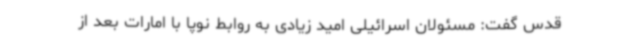
قدس گفت: مسئولان اسرائیلی امید زیادی به روابط نوپا با امارات بعد از